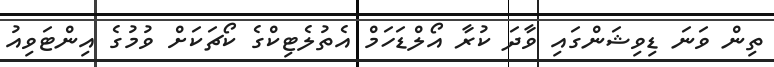
ތިން ވަނަ ޑިވިޝަންގައި ވާދަ ކުރާ އޯލްޑަހަމް އެތުލެޓިކްގެ ކޯޗަކަށް ވުމުގެ އިންޓަވިއު